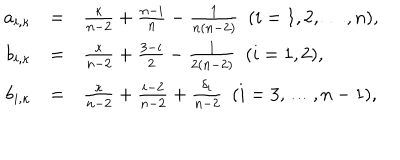
\begin{array} { r c l } { { a _ { i , \kappa } } } & { { = } } & { { \frac { \kappa } { n - 2 } + \frac { n - i } { n } - \frac { 1 } { n ( n - 2 ) } \, \, \, ( i = 1 , 2 , \dots , n ) , } } \\ { { b _ { i , \kappa } } } & { { = } } & { { \frac { \kappa } { n - 2 } + \frac { 3 - i } { 2 } - \frac { 1 } { 2 ( n - 2 ) } \, \, \, ( i = 1 , 2 ) , } } \\ { { b _ { i , \kappa } } } & { { = } } & { { \frac { \kappa } { n - 2 } + \frac { i - 2 } { n - 2 } + \frac { \delta _ { i } } { n - 2 } \, \, \, ( i = 3 , \dots , n - 1 ) , } } \\ \end{array}